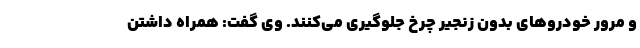
و مرور خودرو‌های بدون زنجیر چرخ جلوگیری می‌کنند. وی گفت: همراه داشتن